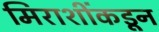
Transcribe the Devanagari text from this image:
मिराशींकडून